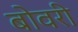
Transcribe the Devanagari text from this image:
बोवरी